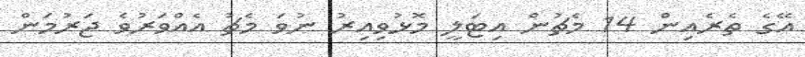
އޭގެ ތެރެއިން 14 މެޗުން އިޓަލީ މޮޅުވިއިރު ނުވަ މެޗު އެއްވަރުވެ ޖަރުމަން